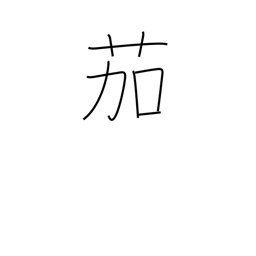
Meaning: eggplant